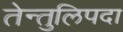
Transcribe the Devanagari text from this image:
तेन्तुलिपदा